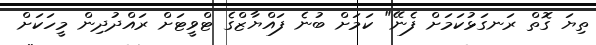
ތިޔަ ގޮތް ރަނގަޅުކަމަށް ފެނޭ" ކަމަށް ބުނެ ފައްޔާޒްގެ ޓްވީޓަށް ރައްދުދިން މީހަކަށް